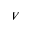
V